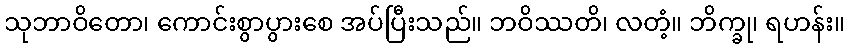
သုဘာဝိတော၊ ကောင်းစွာပွားစေ အပ်ပြီးသည်။ ဘဝိဿတိ၊ လတံ့။ ဘိက္ခု၊ ရဟန်း။